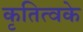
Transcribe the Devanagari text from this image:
कृतित्वके